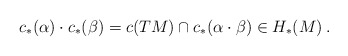
\begin{align*} c_*(\alpha) \cdot c_*(\beta) = c(TM)\cap c_*(\alpha \cdot \beta) \in H_*(M)\:. \end{align*}